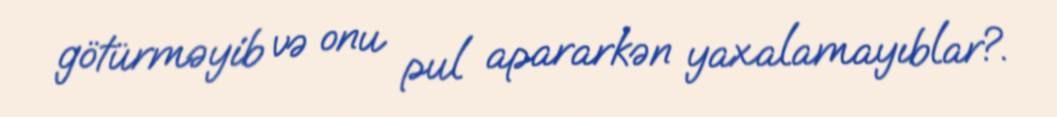
götürməyib və onu pul apararkən yaxalamayıblar?.